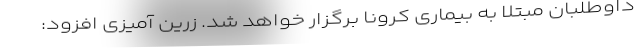
داوطلبان مبتلا به بیماری کرونا برگزار خواهد شد. زرین آمیزی افزود: